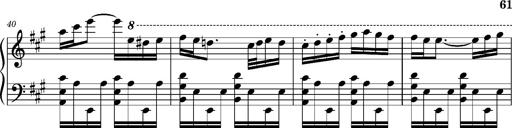
Title: Ungarischer Romanzero
Composer: Franz Liszt